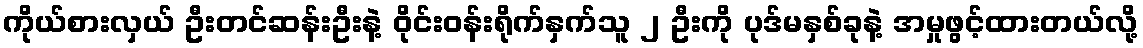
ကိုယ်စားလှယ် ဦးတင်ဆန်းဦးနဲ့ ဝိုင်းဝန်းရိုက်နှက်သူ ၂ ဦးကို ပုဒ်မနှစ်ခုနဲ့ အမှုဖွင့်ထားတယ်လို့